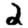
Digit: 2